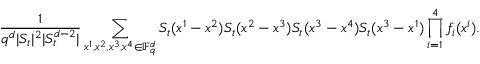
\frac { 1 } { q ^ { d } | S _ { t } | ^ { 2 } | S _ { t } ^ { d - 2 } | } \sum _ { x ^ { 1 } , x ^ { 2 } , x ^ { 3 } , x ^ { 4 } \in \mathbb F _ { q } ^ { d } } S _ { t } ( x ^ { 1 } - x ^ { 2 } ) S _ { t } ( x ^ { 2 } - x ^ { 3 } ) S _ { t } ( x ^ { 3 } - x ^ { 4 } ) S _ { t } ( x ^ { 3 } - x ^ { 1 } ) \prod _ { i = 1 } ^ { 4 } f _ { i } ( x ^ { i } ) .